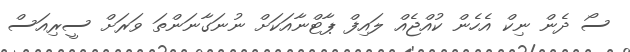
ސޯ ދެން ނިކް އެހެން ކުއްޖެއް ލައިފް ޕާޓްނާއަކަށް ނުނަގާނަންތަ ވަރަށް ސީރިއަސް